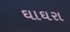
ઘાઘરા